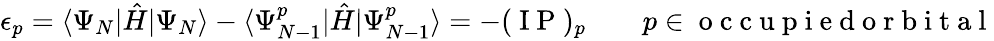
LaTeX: \epsilon_{p}=\langle\Psi_{N}|\hat{H}|\Psi_{N}\rangle-\langle\Psi_{N-1}^{p}|\hat{H}|\Psi_{N-1}^{p}\rangle=-(\mathrm{~I~P~})_{p}\qquad p\in\mathrm{~o~c~c~u~p~i~e~d~o~r~b~i~t~a~l~}